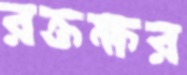
রক্তক্ষর